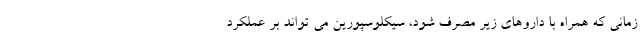
زمانی که همراه با داروهای زیر مصرف شود، سیکلوسپورین می تواند بر عملکرد